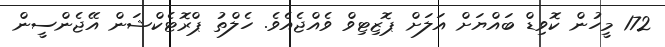
172 މީހުން ކޮވިޑް ބައްޔަށް އަލަށް ޕޮޒިޓިވް ވެއްޖެއެވެ. ހެލްތު ޕްރޮޓެކްޝަން އޭޖެންސީން